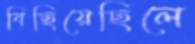
বিছিয়েছিলে